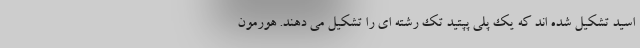
اسید تشکیل شده اند که یک پلی پپتید تک رشته ای را تشکیل می دهند. هورمون